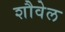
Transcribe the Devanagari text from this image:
शौवेल